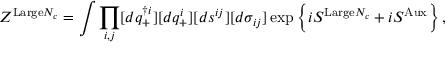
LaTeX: Z ^ { \mathrm { L a r g e } N _ { c } } = \int \prod _ { i , j } [ d q _ { + } ^ { \dag i } ] [ d q _ { + } ^ { i } ] [ d s ^ { i j } ] [ d \sigma _ { i j } ] \exp \left\{ i S ^ { \mathrm { L a r g e } N _ { c } } + i S ^ { \mathrm { A u x } } \right\} ,